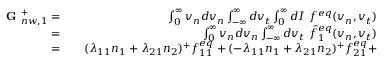
\begin{array} { r l r } { \textbf { G } _ { n w , 1 } ^ { + } = } & { { } } & { \int _ { 0 } ^ { \infty } v _ { n } d v _ { n } \int _ { - \infty } ^ { \infty } d v _ { t } \int _ { 0 } ^ { \infty } d I \ f ^ { e q } ( v _ { n } , v _ { t } ) } \\ { = } & { { } } & { \int _ { 0 } ^ { \infty } v _ { n } d v _ { n } \int _ { - \infty } ^ { \infty } d v _ { t } \ \hat { f } _ { 1 } ^ { e q } ( v _ { n } , v _ { t } ) } \\ { = } & { { } } & { ( \lambda _ { 1 1 } n _ { 1 } + \lambda _ { 2 1 } n _ { 2 } ) ^ { + } f _ { 1 1 } ^ { e q } + ( - \lambda _ { 1 1 } n _ { 1 } + \lambda _ { 2 1 } n _ { 2 } ) ^ { + } f _ { 2 1 } ^ { e q } + } \end{array}